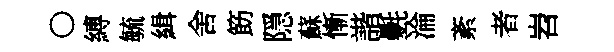
〇縛毓緝舍筯隠蘇慚諧氎淪紊者岧